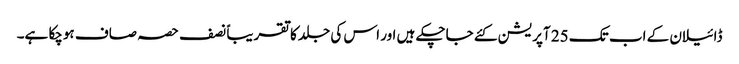
ڈائیلان کے اب تک 25 آپریشن کئے جاچکے ہیں اور اس کی جلد کا تقریباً نصف حصہ صاف ہوچکا ہے۔